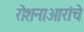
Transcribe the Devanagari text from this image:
रोशनाआरांचे